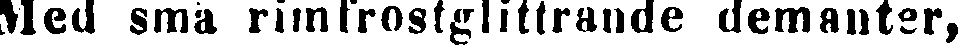
Med små rimfrostglittrande demanter,